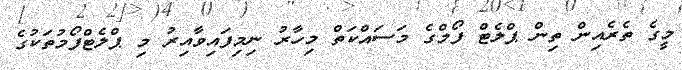
މީގެ ތެރެއިން ތިން ޕްލެޓް ފޯމްގެ މަސައްކަތް މިހާރު ނިމިފައިވާއިރު މި ޕްލެޓްފޯމުތަކުގެ